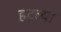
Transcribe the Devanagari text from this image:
हटल्या